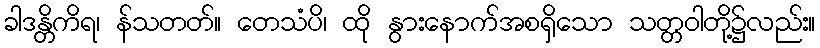
ခါဒန္တိကိရ၊ န်သတတ်။ တေသံပိ၊ ထို နွားနောက်အစရှိသော သတ္တဝါတို့၌လည်း။